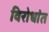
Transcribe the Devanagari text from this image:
विरोधांत